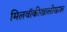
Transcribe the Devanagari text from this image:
मिलवॉकीखालोखाल